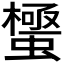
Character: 𮔼